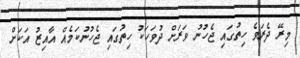
މިރޭ ދެރަވެ ހިތުގައި ޖެހުނު ވަރަށް ދުވަހަކު ހިތުގައި ޖެހުނުކަމެއް އާއިޒު އަކަށް